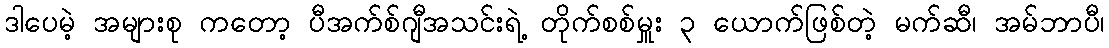
ဒါပေမဲ့ အများစု ကတော့ ပီအက်စ်ဂျီအသင်းရဲ့ တိုက်စစ်မှူး ၃ ယောက်ဖြစ်တဲ့ မက်ဆီ၊ အမ်ဘာပီ၊